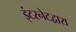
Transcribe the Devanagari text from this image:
इंटरनेटद्वारा